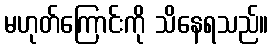
မဟုတ်ကြောင်းကို သိနေရသည်။